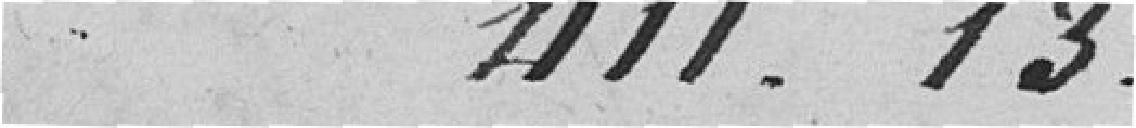
411.13